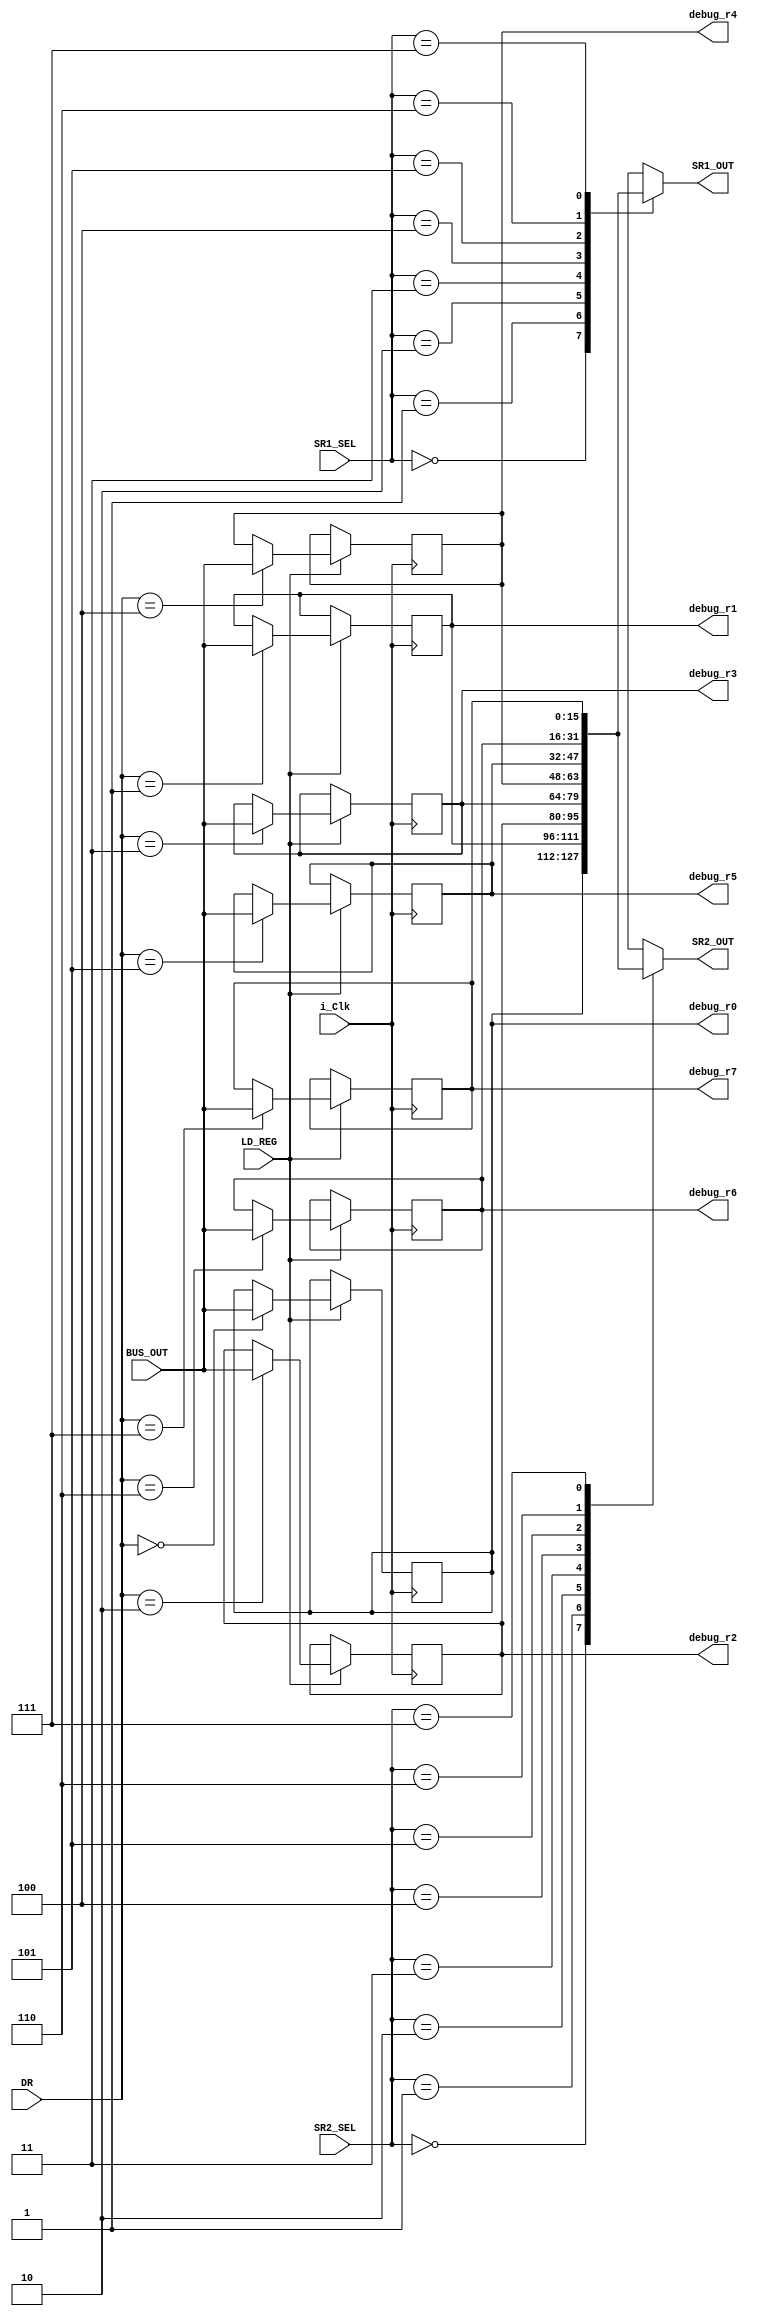
module REGFILE(input i_Clk,
               input [2:0] DR,
               input LD_REG,
               input [2:0] SR1_SEL,
               input [2:0] SR2_SEL,
               input [15:0] BUS_OUT,
               output reg [15:0] SR1_OUT = 16'h0000,
               output reg [15:0] SR2_OUT = 16'h0000,
               output [15:0] debug_r0,
               output [15:0] debug_r1,
               output [15:0] debug_r2,
               output [15:0] debug_r3,
               output [15:0] debug_r4,
               output [15:0] debug_r5,
               output [15:0] debug_r6,
               output [15:0] debug_r7);

    // GP registers
    reg [15:0] r0 = 16'h0058;
    reg [15:0] r1 = 16'hff00;
    reg [15:0] r2 = 16'h0001;
    reg [15:0] r3 = 16'h0002;
    reg [15:0] r4 = 16'h0000;
    reg [15:0] r5 = 16'h0000;
    reg [15:0] r6 = 16'h0000;
    reg [15:0] r7 = 16'h0000;
    
    assign debug_r0 = r0;
    assign debug_r1 = r1;
    assign debug_r2 = r2;
    assign debug_r3 = r3;
    assign debug_r4 = r4;
    assign debug_r5 = r5;
    assign debug_r6 = r6;
    assign debug_r7 = r7;
    
    // LD_REG 
    always @(posedge i_Clk)
        begin
            if(LD_REG)
                begin
                    case (DR)
                    3'b000:
                        r0 <= BUS_OUT;
                    3'b001:
                        r1 <= BUS_OUT;
                    3'b010:
                        r2 <= BUS_OUT;
                    3'b011:
                        r3 <= BUS_OUT;
                    3'b100:
                        r4 <= BUS_OUT;
                    3'b101:
                        r5 <= BUS_OUT;
                    3'b110:
                        r6 <= BUS_OUT;
                    3'b111:
                        r7 <= BUS_OUT;
                    endcase
                end
        end

    // SR1 MUX
    always@(*)
        begin
            case (SR1_SEL)
            3'b000:
                SR1_OUT <= r0;
            3'b001:
                SR1_OUT <= r1;
            3'b010:
                SR1_OUT <= r2;
            3'b011:
                SR1_OUT <= r3;
            3'b100:
                SR1_OUT <= r4;
            3'b101:
                SR1_OUT <= r5;
            3'b110:
                SR1_OUT <= r6;
            3'b111:
                SR1_OUT <= r7;  
            endcase
        end
    
    // SR2 MUX
    always@(*)
        begin
            case (SR2_SEL)
            3'b000:
                SR2_OUT <= r0;
            3'b001:
                SR2_OUT <= r1;
            3'b010:
                SR2_OUT <= r2;
            3'b011:
                SR2_OUT <= r3;
            3'b100:
                SR2_OUT <= r4;
            3'b101:
                SR2_OUT <= r5;
            3'b110:
                SR2_OUT <= r6;
            3'b111:
                SR2_OUT <= r7;  
            endcase
        end
endmodule

module PC(input i_Clk,
          input LD_PC,
          input [15:0] PCMUX_OUT,
          output reg [15:0] OUT = 16'h0000);
          
    always @(posedge i_Clk)
        begin
            if(LD_PC) OUT <= PCMUX_OUT;   
        end
endmodule

module IR(input i_Clk,
          input LD_IR,
          input [15:0] BUS,
          output reg [15:0] OUT = 16'h0000);


    always @(posedge i_Clk)
        begin
            if(LD_IR) OUT <= BUS;
        end
endmodule

module MAR(input i_Clk,
           input LD_MAR,
           input [15:0] BUS_OUT,
           output reg [15:0] OUT = 16'h0000);

    always @(posedge i_Clk)
        begin
            if(LD_MAR) OUT <= BUS_OUT;
        end
endmodule

module MDR(input i_Clk,
           input LD_MDR,
           input [15:0] MIOMUX_OUT,
           output reg [15:0] OUT = 16'h0000);

    always @(posedge i_Clk)
        begin
            if(LD_MDR) OUT <= MIOMUX_OUT;
        end
endmodule
// For SRs basic flow will be:
// 0 - No data being requested/outputted (nothing to be done) <Host signal>
// 1 - Awaiting Data in XX DR                                 <Host signal> now input/output device acts
// 2 - Data loaded in/out XX DR from input/output device      <Input device signal> after input/output device is done
// The address control unit 

module KBDR(input i_Clk,
            input [15:0] EXT_OUT,
            output reg [15:0] OUT = 16'h0000);

    always @(posedge i_Clk)
        begin
            OUT <= EXT_OUT;
        end
endmodule

module KBSR(input i_Clk,
            input LD_KBSR,
            input LD_KBSR_EXT,
            input [15:0] MDR_OUT,
            input [15:0] EXT_OUT,
            output reg [15:0] OUT = 16'h0000);
    always @(posedge i_Clk)
        begin
            if(LD_KBSR) OUT <= MDR_OUT;
            else if(LD_KBSR_EXT) OUT <= EXT_OUT;
        end
endmodule

module DDR(input i_Clk,
           input LD_DDR,
           input [15:0] MDR_OUT,
           output reg [15:0] OUT = 16'h0000);

    always @(posedge i_Clk)
        begin
            if(LD_DDR) OUT <= MDR_OUT;
        end
endmodule

module DSR(input i_Clk,
           input LD_DSR,
           input LD_DSR_EXT,
           input [15:0] MDR_OUT,
           input [15:0] EXT_OUT,
           output reg [15:0] OUT = 16'h0000);

    always @(posedge i_Clk)
        begin
            if(LD_DSR) OUT <= MDR_OUT;
            if(LD_DSR_EXT) OUT <= EXT_OUT;
        end
endmodule